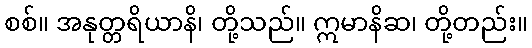
စစ်။ အနုတ္တရိယာနိ၊ တို့သည်။ ဣမာနိဆ၊ တို့တည်း။